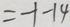
= - 1 - 1 4